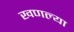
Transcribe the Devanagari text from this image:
खणल्या